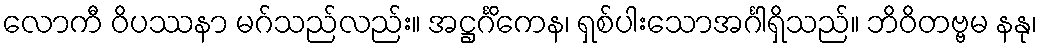
လောကီ ဝိပဿနာ မဂ်သည်လည်း။ အဋ္ဌင်္ဂိကေန၊ ရှစ်ပါးသောအင်္ဂါရှိသည်။ ဘိဝိတဗ္ဗမ နနု၊